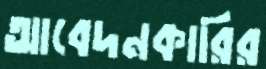
আবেদনকারির